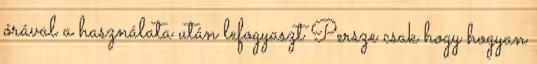
órával a használata után lefogyaszt Persze csak hogy hogyan